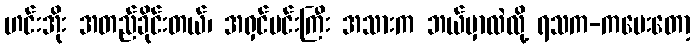
ဟင်းအိုး အတည်ခိုင်းတယ်၊ အရှင်မင်းကြီး အသားက ဘယ်မှာလဲလို့ ရသက-ကမေးတော့